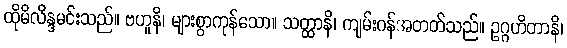
ထိုမိလိန္ဒမင်းသည်။ ဗဟူနိ၊ များစွာကုန်သော။ သတ္ထာနိ၊ ကျမ်းဂန်အတတ်သည်။ ဥဂ္ဂဟိတာနိ၊